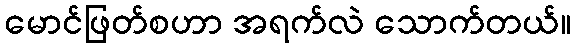
မောင်ဖြတ်စဟာ အရက်လဲ သောက်တယ်။